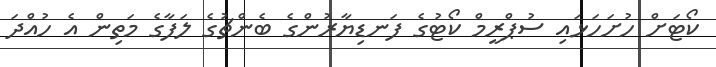
ކޯޓަށް ހުށަހަޅައި ސުޕްރީމް ކޯޓުގެ ފަނޑިޔާރުންގެ ބެންޗުގެ ލަފާގެ މަތިން އެ ހުއްދަ